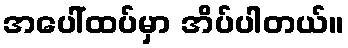
အပေါ်ထပ်မှာ အိပ်ပါတယ်။